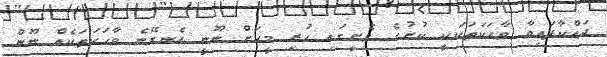
ދައްކާފައިވާ ވާހަކަތަކަކީ ކުށުގެ ވެށީގައި ހުރި މީހަށް ނޫނީ އެނގޭނެ ވާހަކަތަކެއް ނޫން